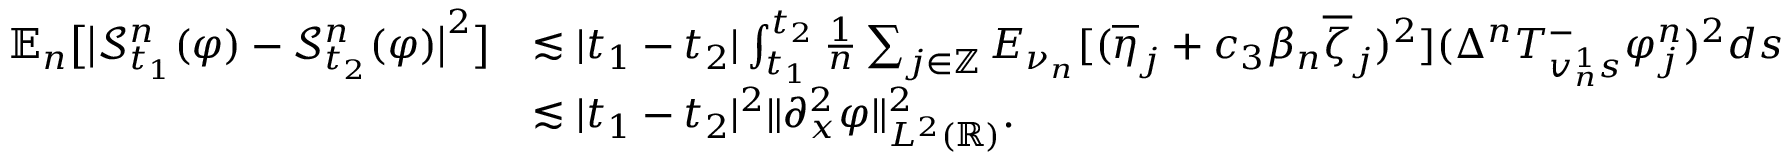
\begin{array} { r l } { \mathbb { E } _ { n } \big [ \big | \mathcal { S } _ { t _ { 1 } } ^ { n } ( \varphi ) - \mathcal { S } _ { t _ { 2 } } ^ { n } ( \varphi ) \big | ^ { 2 } \big ] } & { \lesssim | t _ { 1 } - t _ { 2 } | \int _ { t _ { 1 } } ^ { t _ { 2 } } \frac { 1 } { n } \sum _ { j \in \mathbb { Z } } E _ { \nu _ { n } } [ ( \overline { { \eta } } _ { j } + c _ { 3 } \beta _ { n } \overline { { \zeta } } _ { j } ) ^ { 2 } ] ( \Delta ^ { n } T _ { v _ { n } ^ { 1 } s } ^ { - } \varphi _ { j } ^ { n } ) ^ { 2 } d s } \\ & { \lesssim | t _ { 1 } - t _ { 2 } | ^ { 2 } \| \partial _ { x } ^ { 2 } \varphi \| _ { L ^ { 2 } ( \mathbb { R } ) } ^ { 2 } . } \end{array}